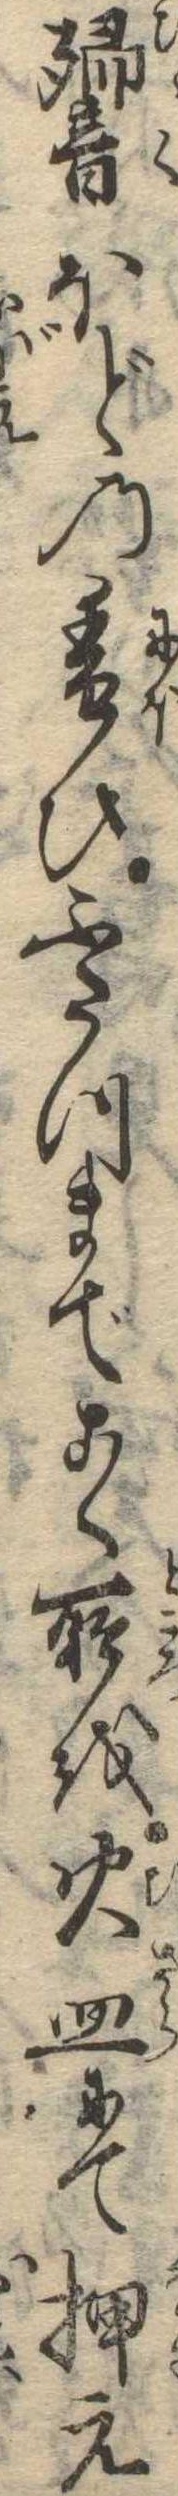
響ほどの香ひふたつまでこく所を火皿にて押え